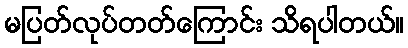
မပြတ်လုပ်တတ်ကြောင်း သိရပါတယ်။